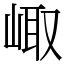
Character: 𡸨